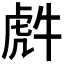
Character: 𮓤